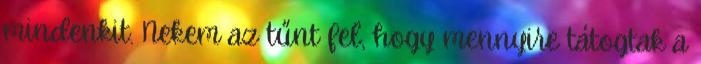
mindenkit. Nekem az tűnt fel, hogy mennyire tátogtak a